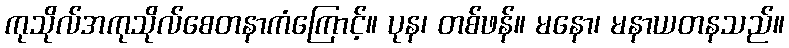
ကုသိုလ်အကုသိုလ်စေတနာကံကြောင့်။ ပုန၊ တစ်ဖန်။ မနော၊ မနာယတနသည်။